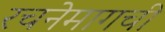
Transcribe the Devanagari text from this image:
रचनेमागची